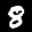
Label: 8